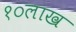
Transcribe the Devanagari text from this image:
१०लाख